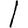
Digit: 1